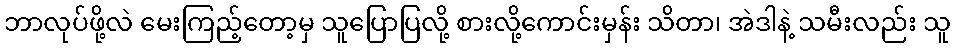
ဘာလုပ်ဖို့လဲ မေးကြည့်တော့မှ သူပြောပြလို့ စားလို့ကောင်းမှန်း သိတာ၊ အဲဒါနဲ့ သမီးလည်း သူ